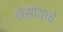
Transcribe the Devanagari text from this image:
नेसोयाचे